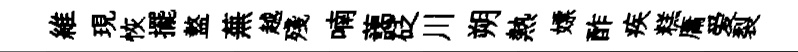
維現恢擺盩蕪越殘喃藹砭川朔熱嫖酢疾糕庸爱裂